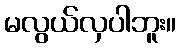
မလွယ်လှပါဘူး။